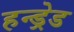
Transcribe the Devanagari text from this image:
हन्ड्रेड